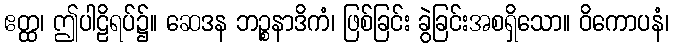
ဧတ္ထ၊ ဤပါဠိရပ်၌။ ဆေဒန ဘဉ္စနာဒိကံ၊ ဖြစ်ခြင်း ခွဲခြင်းအစရှိသော။ ဝိကောပနံ၊